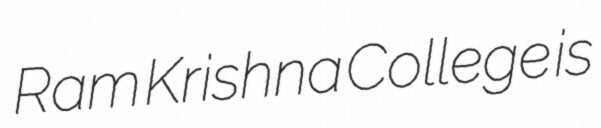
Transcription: Ram Krishna College is